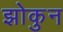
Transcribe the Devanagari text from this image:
झोकुन